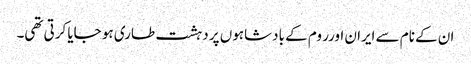
ان کے نام سے ایران اورر وم کے بادشاہوں پر دہشت طاری ہو جایا کرتی تھی۔